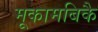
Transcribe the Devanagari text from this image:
मूकामबिकै